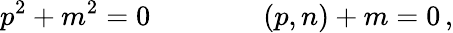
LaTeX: p^{2}+m^{2}=0\qquad\qquad(p,n)+m=0\, ,